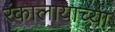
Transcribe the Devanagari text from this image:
रंकालायाच्या